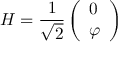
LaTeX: H = \frac { 1 } { \sqrt { 2 } } \left( \begin{array} { l } { { 0 } } \\ { { \varphi } } \end{array} \right)